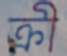
ক্রী